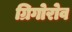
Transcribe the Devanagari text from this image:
ग्रिगोरोव